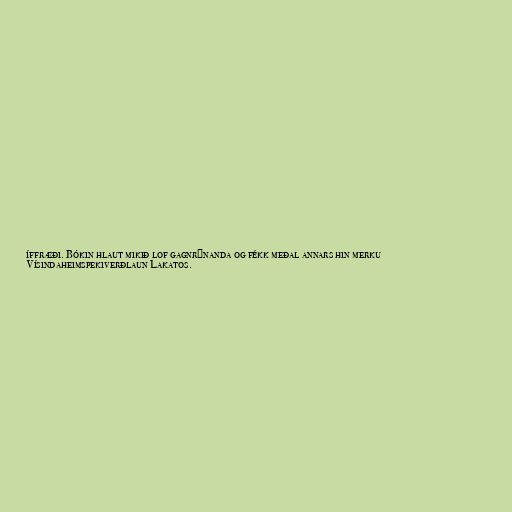
íffræði. Bókin hlaut mikið lof gagnrýnanda og fékk meðal annars hin merku
Vísindaheimspekiverðlaun Lakatos.